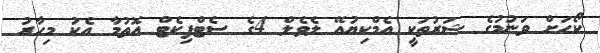
ކޯހަށް ވަނުމުގެ ޝަރުތަކީ އެމްކިޔުއޭ ލެވެލް 4ގެ ސެޓްފިކެޓް އޮތުމާ އެކު މިހާރު